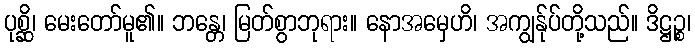
ပုစ္ဆိ၊ မေးတော်မူ၏။ ဘန္တေ၊ မြတ်စွာဘုရား။ နောအမှေဟိ၊ အကျွန်ုပ်တို့သည်။ ဒိဋ္ဌဉ္စ၊